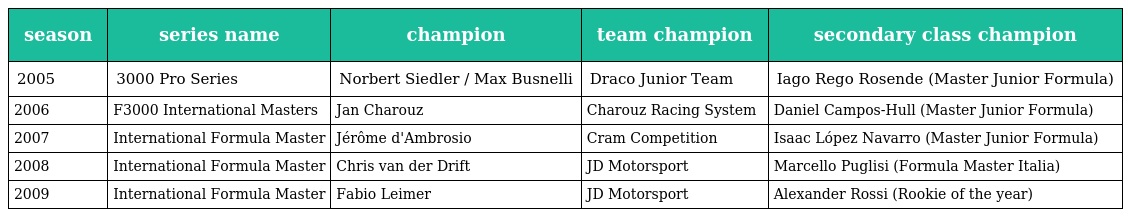
| season | series name | champion | team champion | secondary class champion |
 | --- | --- | --- | --- | --- |
 | 2005 | 3000 Pro Series | Norbert Siedler / Max Busnelli | Draco Junior Team | Iago Rego Rosende (Master Junior Formula) |
 | 2006 | F3000 International Masters | Jan Charouz | Charouz Racing System | Daniel Campos-Hull (Master Junior Formula) |
 | 2007 | International Formula Master | Jérôme d'Ambrosio | Cram Competition | Isaac López Navarro (Master Junior Formula) |
 | 2008 | International Formula Master | Chris van der Drift | JD Motorsport | Marcello Puglisi (Formula Master Italia) |
 | 2009 | International Formula Master | Fabio Leimer | JD Motorsport | Alexander Rossi (Rookie of the year) |